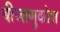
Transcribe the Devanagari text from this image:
बीजाणुकोश